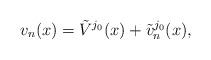
LaTeX: \begin{align*}v_n(x) = \tilde{V}^{j_0}(x) + \tilde{v}^{j_0}_n(x),\end{align*}